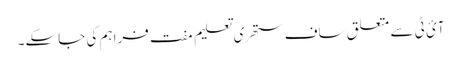
آئ ٹی سے متعلق ساف ستھری تعلیم مفت فراہم کی جاسکے۔